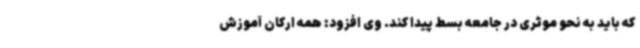
که باید به نحو موثری در جامعه بسط پیدا کند. وی افزود: همه ارکان آموزش